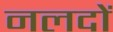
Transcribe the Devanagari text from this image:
नलदों